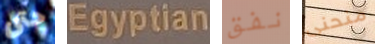
حتى Egyptian نفق منحنى